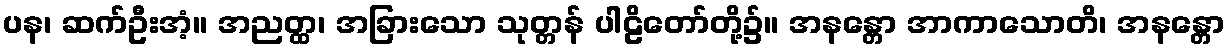
ပန၊ ဆက်ဦးအံ့။ အညတ္ထ၊ အခြားသော သုတ္တန် ပါဠိတော်တို့၌။ အနန္တော အာကာသောတိ၊ အနန္တော